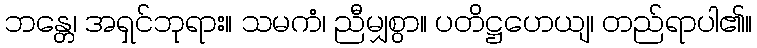
ဘန္တေ၊ အရှင်ဘုရား။ သမကံ၊ ညီမျှစွာ။ ပတိဋ္ဌဟေယျ၊ တည်ရာပါ၏။